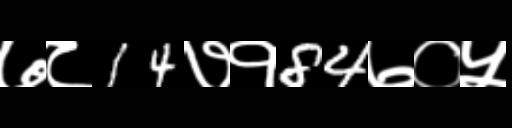
Text: ७८14७१84७०५